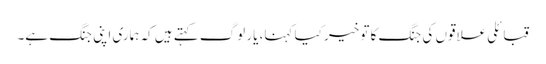
قبائلی علاقوں کی جنگ کا تو خیر کیا کہنا، یار لوگ کہتے ہیں کہ ہماری اپنی جنگ ہے۔